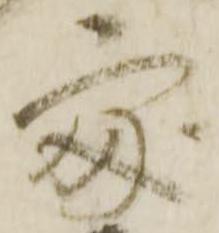
処